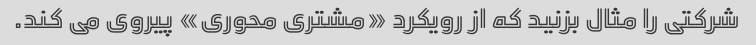
شرکتی را مثال بزنید که از رویکرد «مشتری محوری» پیروی می کند.